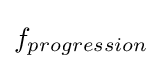
{\textstyle f_{progression}}